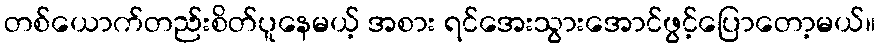
တစ်ယောက်တည်းစိတ်ပူနေမယ့် အစား ရင်အေးသွားအောင်ဖွင့်ပြောတော့မယ်။